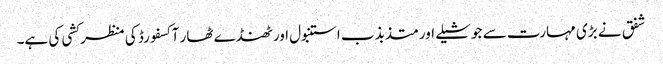
شفق نے بڑی مہارت سے جوشیلے اور متذبذب استنبول اور ٹھنڈے ٹھار آکسفورڈ کی منظر کشی کی ہے۔